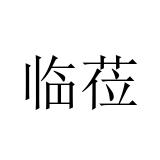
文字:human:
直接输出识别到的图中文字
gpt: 临莅